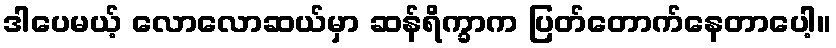
ဒါပေမယ့် လောလောဆယ်မှာ ဆန်ရိက္ခာက ပြတ်တောက်နေတာပေါ့။